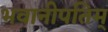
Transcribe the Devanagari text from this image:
भवानीपतिम्